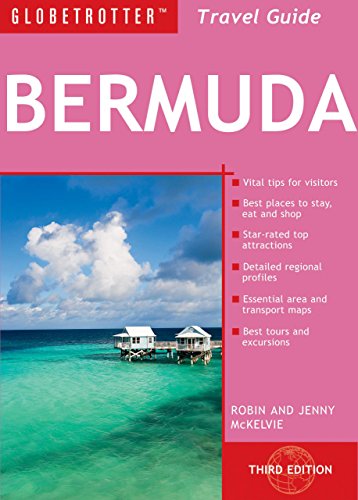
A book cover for Bermuda Travel Pack (Globetrotter Travel Packs); Jenny Mckelvie; Travel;